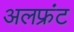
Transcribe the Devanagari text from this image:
अलफ्रंट